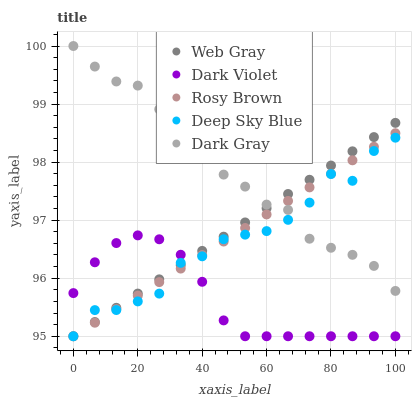
| xaxis_label | Web Gray | Dark Violet | Rosy Brown | Deep Sky Blue | Dark Gray |
 | --- | --- | --- | --- | --- | --- |
 | 0 | 95 | 95.7 | 95 | 95 | 100 |
 | 6.67 | 95.2 | 96.3 | 95.2 | 95.5 | 99.6 |
 | 13.3 | 95.5 | 96.6 | 95.5 | 95.5 | 99.4 |
 | 20 | 95.7 | 96.7 | 95.7 | 95.6 | 99.3 |
 | 26.7 | 96 | 96.7 | 95.9 | 95.7 | 98.9 |
 | 33.3 | 96.2 | 96.4 | 96.2 | 96.3 | 98.7 |
 | 40 | 96.5 | 95.9 | 96.4 | 96.4 | 98.1 |
 | 46.7 | 96.7 | 95.3 | 96.6 | 96.7 | 97.8 |
 | 53.3 | 97 | 95 | 96.9 | 96.8 | 97.6 |
 | 60 | 97.2 | 95 | 97.1 | 96.8 | 97.3 |
 | 66.7 | 97.5 | 95 | 97.3 | 97 | 97.2 |
 | 73.3 | 97.7 | 95 | 97.6 | 97.3 | 96.7 |
 | 80 | 97.9 | 95 | 97.8 | 97.8 | 96.5 |
 | 86.7 | 98.2 | 95 | 98 | 97.7 | 96.4 |
 | 93.3 | 98.4 | 95 | 98.3 | 98.2 | 96.2 |
 | 100 | 98.7 | 95 | 98.5 | 98.4 | 95.8 |